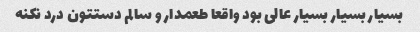
بسیار بسیار بسیار عالی بود واقعا طعمدار و سالم دستتون درد نکنه